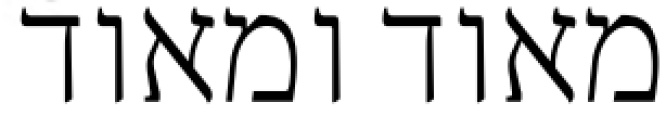
מאוד ומאוד